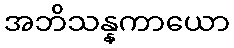
အဘိသန္နကာယော